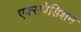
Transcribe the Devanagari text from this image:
एक्सपेडिशन